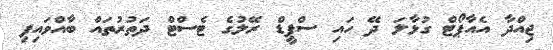
ޖިއްދާ އެއާޕޯޓް ގުޅާލަ ދޭ ހައި ސްޕީޑް ރޭލުގެ ޓެސްޓް ދަތުރުތައް ބާއްވައިފި